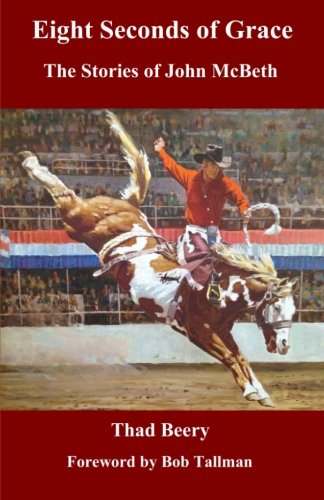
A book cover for Eight Seconds of Grace: The Stories of John McBeth; Thad Beery; Sports & Outdoors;